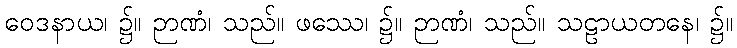
ဝေဒနာယ၊ ၌။ ဉာဏံ၊ သည်။ ဖဿေ၊ ၌။ ဉာဏံ၊ သည်။ သဠာယတနေ၊ ၌။